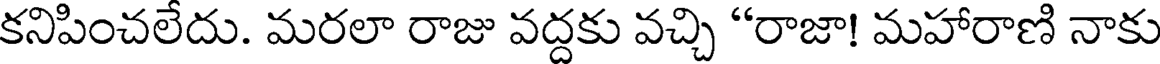
కనిపించలేదు. మరలా రాజు వద్దకు వచ్చి "రాజా! మహారాణి నాకు